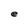
Character: e